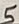
Text: 5